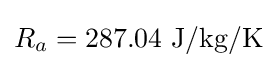
R_{a}=287.04{\text{ J/kg/K}}